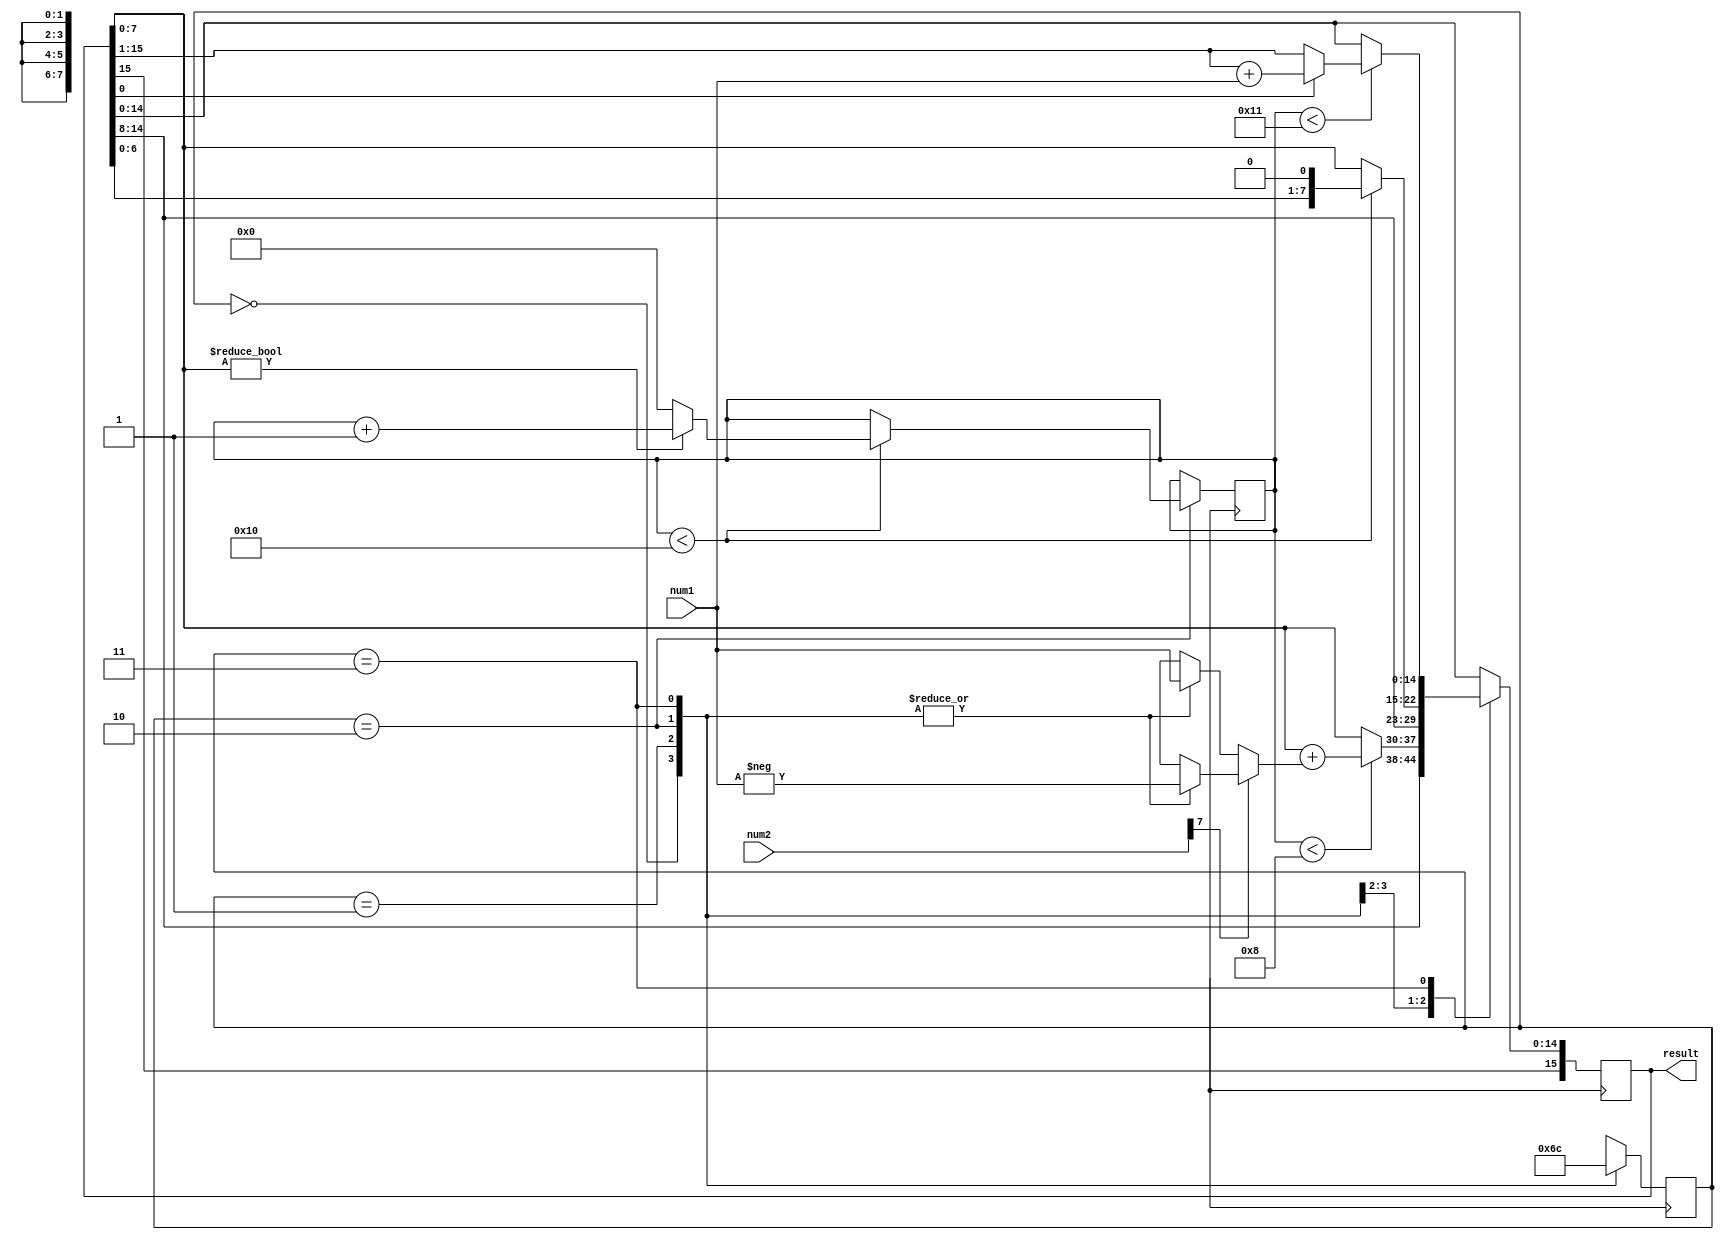
module Booth_Multiplier (
    input [7:0] num1,
    input [7:0] num2,
    output reg [15:0] result
);

reg [7:0] A, S;
reg [3:0] count;
reg [1:0] state;

always @(*) begin
    case(state)
        2'b00: begin
            A = num1;
            S = -num1;
        end
        2'b01: begin
            A = num1;
            S = -num1;
        end
        2'b10: begin
            A = num1;
            S = -num1;
        end
        2'b11: begin
            A = num1;
            S = -num1;
        end
    endcase
end

always @(posedge clk) begin
    case(state)
        2'b00: begin
            if(count < 8)
                result <= {result[15:8], result[7:0] + (num2[7] ? S : A)};
            state <= 2'b01;
        end
        2'b01: begin
            if(count < 16)
                result <= {result[15:8], result[7:0] << 1};
            state <= 2'b10;
        end
        2'b10: begin
            if(count < 16) begin
                if(result[7:0] != 0)
                    count <= count + 1;
                else
                    count <= 0;
            end
            state <= 2'b11;
        end
        2'b11: begin
            if(count < 17) begin
                if(result[0] != 0)
                    result <= {result[15], result[15:1] + num1};
                else
                    result <= {result[15], result[15:1]};
            end
            state <= 2'b00;
        end
    endcase
end

endmodule